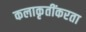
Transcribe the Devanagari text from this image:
कलाकृतींकरता